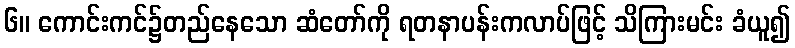
၆။ ကောင်းကင်၌တည်နေသော ဆံတော်ကို ရတနာပန်းကလာပ်ဖြင့် သိကြားမင်း ခံယူ၍